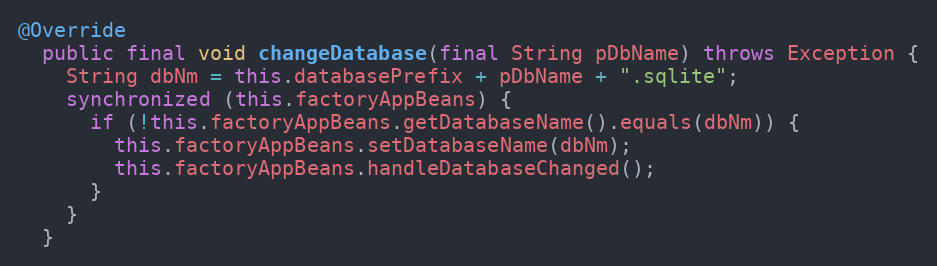
Language: Java
@Override
  public final void changeDatabase(final String pDbName) throws Exception {
    String dbNm = this.databasePrefix + pDbName + ".sqlite";
    synchronized (this.factoryAppBeans) {
      if (!this.factoryAppBeans.getDatabaseName().equals(dbNm)) {
        this.factoryAppBeans.setDatabaseName(dbNm);
        this.factoryAppBeans.handleDatabaseChanged();
      }
    }
  }